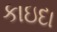
કાઇદા